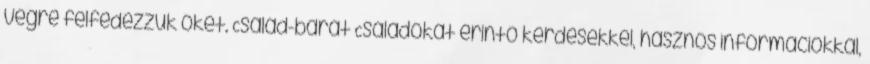
végre felfedezzük őket. Család-barát Családokat érintő kérdésekkel, hasznos információkkal,